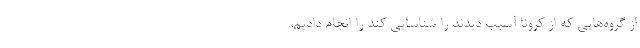
از گروه‌هایی که از کرونا آسیب دیدند را شناسایی کند را انجام دادیم،